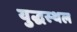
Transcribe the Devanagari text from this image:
युद्धस्‍थल